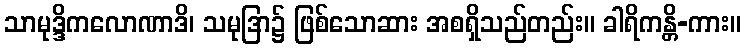
သာမုဒ္ဒိကလောဏာဒိ၊ သမုဒြာ၌ ဖြစ်သောဆား အစရှိသည်တည်း။ ခါရိကန္တိ-ကား။